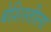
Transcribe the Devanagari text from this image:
बेशिस्तीला